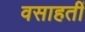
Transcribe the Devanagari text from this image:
वसाहतीं